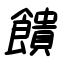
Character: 饋